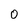
Character: 0